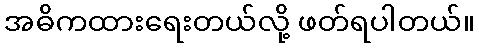
အဓိကထားရေးတယ်လို့ ဖတ်ရပါတယ်။